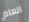
العام